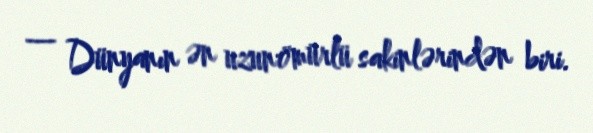
— Dünyanın ən uzunömürlü sakinlərindən biri.